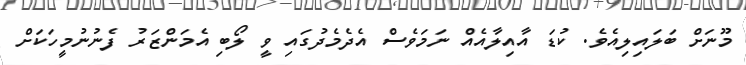
މޫނަށް ބަލައިލިއެވެ. ކުޑަ އާއިލާއެއް ނަމަވެސް އެދެމެދުގައި ވީ ލޯބި އެމަންޒަރު ފެނުނުމީހަކަށް